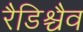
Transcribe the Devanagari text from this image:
रैडिश्चैव